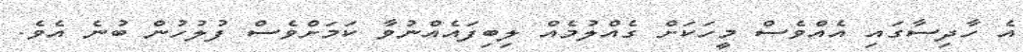
އެ ހާދިސާގައި އެއްވެސް މީހަކަށް ގެއްލުމެއް ލިބިފައެއްނުވާ ކަމަށްވެސް ފުލުހުން ބުނެ އެވެ.